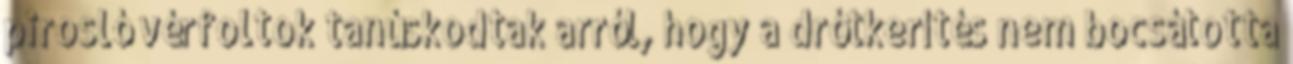
pirosló vérfoltok tanúskodtak arról, hogy a drótkerítés nem bocsátotta